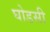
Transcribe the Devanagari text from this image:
घोडसी